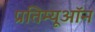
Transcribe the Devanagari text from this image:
प्रतिम्यूऑन